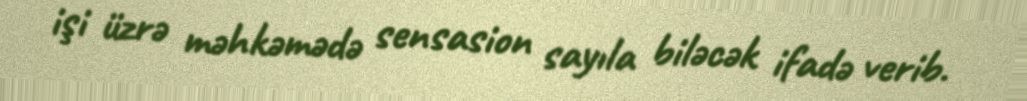
işi üzrə məhkəmədə sensasion sayıla biləcək ifadə verib.